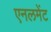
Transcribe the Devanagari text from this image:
एनलमेंट